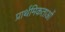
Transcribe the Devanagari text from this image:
प्रार्थमिकताओं